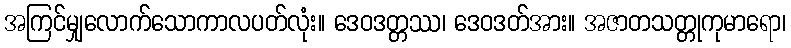
အကြင်မျှလောက်သောကာလပတ်လုံး။ ဒေဝဒတ္တဿ၊ ဒေဝဒတ်အား။ အဇာတသတ္တုကုမာရော၊